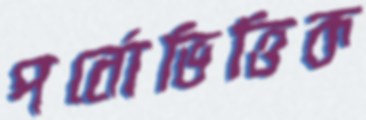
পর্নোভিত্তিক